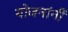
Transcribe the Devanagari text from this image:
योजनांनी